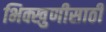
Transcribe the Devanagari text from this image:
भिक्खुणीसाठी